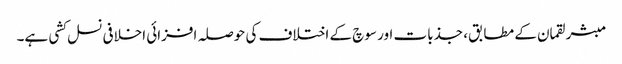
مبشر لقمان کے مطابق، جذبات اور سوچ کے اختلاف کی حوصلہ افزائی اخلافی نسل کشی ہے۔